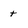
Character: t